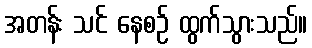
အတန်း သင် နေစဉ် ထွက်သွားသည်။